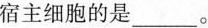
宿主细胞的是___。